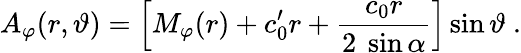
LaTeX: A_{\varphi}(r,\vartheta)=\left[M_{\varphi}(r)+c_{0}^{\prime}r+\frac{c_{0}r}{2~\sin\alpha}\right]\sin\vartheta~.